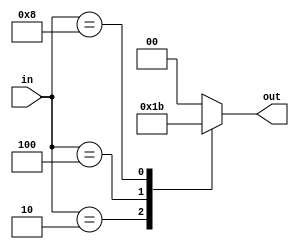
module priority_encoder_decoder (
  input [3:0] in,
  output reg [1:0] out
);

always @* begin
  case(in)
    4'b0001: out = 2'b00; // Priority 1
    4'b0010: out = 2'b01; // Priority 2
    4'b0100: out = 2'b10; // Priority 3
    4'b1000: out = 2'b11; // Priority 4
    default: out = 2'b00; // Default
  endcase
end

endmodule